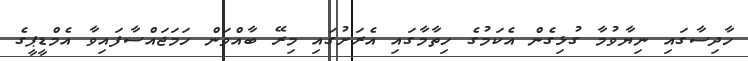
ހާދިސާގައި ނިޔާވުމާ ގުޅިގެން އެކަމުގެ ހިތާމާގައި އެރަށުގައި މިރޭ ބާއްވަން ހަމަޖައްސާފައިވާ އެމްޑީޕީގެ